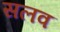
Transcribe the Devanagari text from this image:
सलव